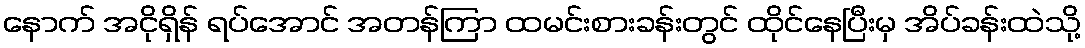
နောက် အငိုရှိန် ရပ်အောင် အတန်ကြာ ထမင်းစားခန်းတွင် ထိုင်နေပြီးမှ အိပ်ခန်းထဲသို့